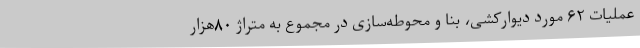
عملیات ۶۲ مورد دیوارکشی، بنا و محوطه‌سازی در مجموع به متراژ ۸۰هزار